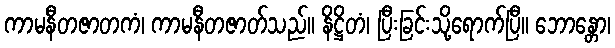
ကာမနီတဇာတကံ၊ ကာမနီတဇာတ်သည်။ နိဋ္ဌိတံ၊ ပြီးခြင်းသို့ရောက်ပြီ။ ဘောန္တော၊